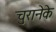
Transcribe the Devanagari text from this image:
चुरानेके